Mental hospitals Bombay report 1929-33 - 1929-1933
Year: 1929
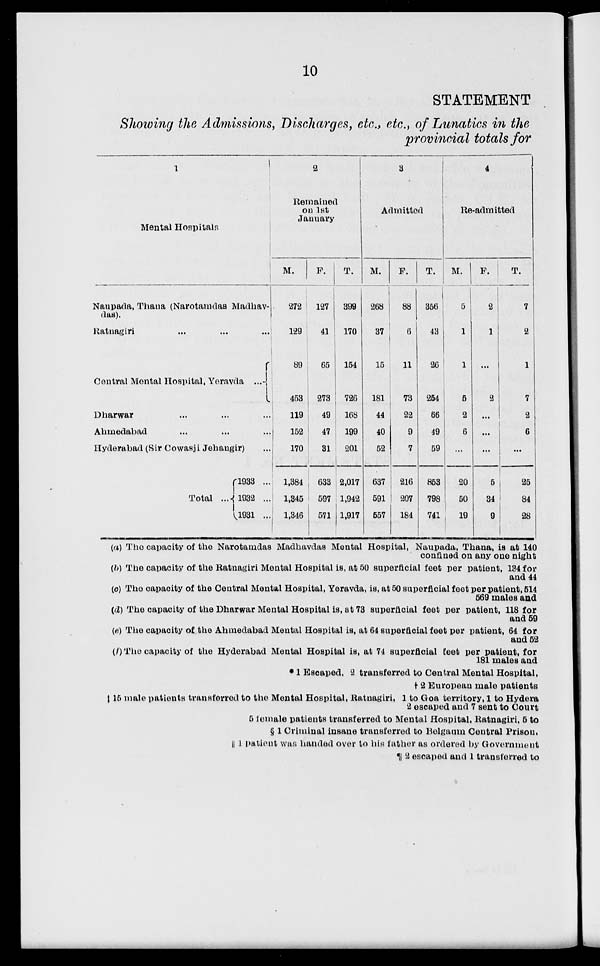
10
STATEMENT
Showing the Admissions, Discharges, etc., etc., of Lunatics in the
provincial totals for
1
Mental
Hospitals
Naupada, Thana (Narotamdas Madhav-
das).
Ratnagiri ... ... ...
Central Mental Hospital, Yeravda ...
Dharwar ... ... ...
Ahmedabad ... ... ...
Hyderabad (Sir Cowasji Jehangir) ...
Total ....
1933 ...
1932 ...
1931 ...
2
Remained
on 1st
January
M.
272
129
89
453
119
152
170
1,384
1,345
1,346
F.
127
41
65
273
49
47
31
633
597
571
T.
399
170
154
726
168
199
201
2,017
1,942
1,917
3
Admitted
M.
268
37
15
181
44
40
52
637
591
557
F.
88
6
11
73
22
9
7
216
207
184
T.
356
43
26
254
66
49
59
853
798
741
4
Re-admitted
M.
5
1
1
5
2
6
...
20
50
19
F.
2
1
...
2
...
...
...
5
34
9
T.
7
2
1
7
2
6
...
25
84
28
(a) The capacity of the Narotamdas Madhavdas Mental Hospital, Naupada, Thana, is at 140
confined on any one night
(b) The capacity of the Ratnagiri Mental Hospital is, at 50 superficial feet per patient, 134 for
and 44
(c) The capacity of the Central Mental Hospital, Yeravda, is, at 50 superficial feet per patient, 514
569 males and
(d) The capacity of the Dharwar Mental Hospital is, at 73 superficial feet per patient, 118 for
and 59
(e) The capacity of the Ahmedabad Mental Hospital is, at 64 superficial feet per patient, 64 for
and 52
(f) The capacity of the Hyderabad Mental Hospital is, at 74 superficial feet per patient, for
181 males and
* 1 Escaped, 2 transferred to Central Mental Hospital,
† 2 European male patients
‡15 male patients transferred to the Mental Hospital, Ratnagiri, 1 to Goa territory, 1 to Hydera
2 escaped and 7 sent to Court
5 female patients transferred to Mental Hospital, Ratnagiri, 6 to
§ 1 Criminal insane transferred to Belgaum Central Prison,
|| 1 patient was handed over to his father as ordered by Government
¶ 2 escaped and 1 transferred to